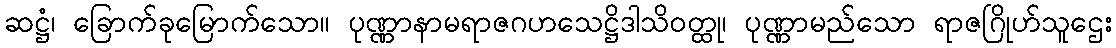
ဆဋ္ဌံ၊ ခြောက်ခုမြောက်သော။ ပုဏ္ဏာနာမရာဇဂဟသေဋ္ဌိဒါသိဝတ္ထု၊ ပုဏ္ဏာမည်သော ရာဇဂြိုဟ်သူဌေး